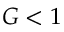
G < 1